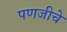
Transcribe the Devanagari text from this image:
पणजीचे